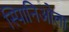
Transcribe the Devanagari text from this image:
स्पािनिओला